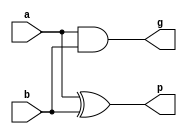
`timescale 1ns / 1ps

module half_adder(a, b, g, p);
input  a, b;
output reg g,p;//c_out, sum;
always@(a,b)
begin
p = a ^ b;    //p_i     // This part can be coded as
g = a & b;  //g_i     // assign {c_out, sum} = a + b;
end
endmodule